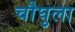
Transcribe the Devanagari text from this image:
चौघुला